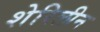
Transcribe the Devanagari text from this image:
शेरिलीन